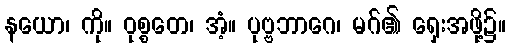
နယော၊ ကို။ ဝုစ္စတေ၊ အံ့။ ပုဗ္ဗဘာဂေ၊ မဂ်၏ ရှေးအဖို့၌။